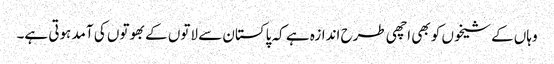
وہاں کے شیخوں کو بھی اچھی طرح اندازہ ہے کہ پاکستان سے لاتوں کے بھوتوں کی آمد ہوتی ہے۔